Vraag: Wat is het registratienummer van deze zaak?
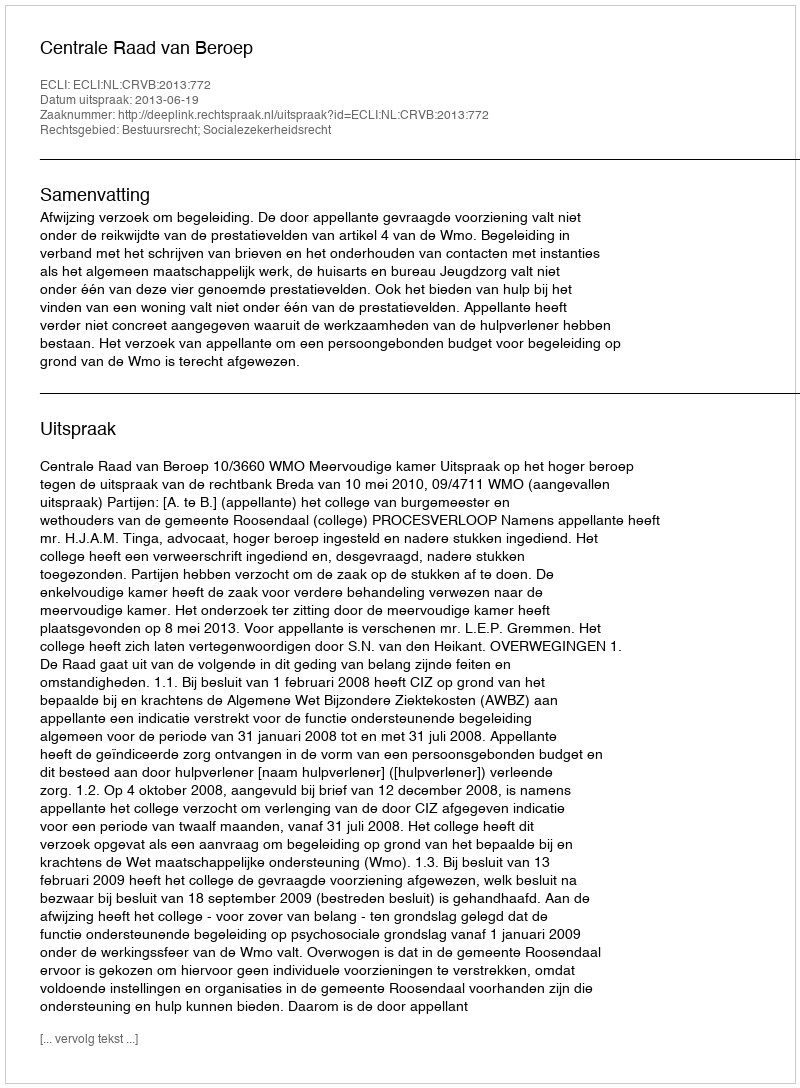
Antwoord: http://deeplink.rechtspraak.nl/uitspraak?id=ECLI:NL:CRVB:2013:772